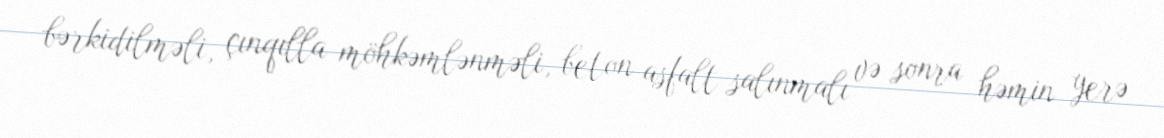
bərkidilməli, çınqılla möhkəmlənməli, beton asfalt salınmalı və sonra həmin yerə